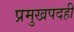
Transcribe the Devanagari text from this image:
प्रमुखपदही